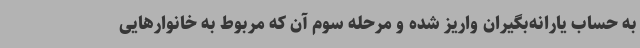
به حساب یارانه‌بگیران واریز شده و مرحله سوم آن که مربوط به خانوارهایی